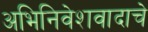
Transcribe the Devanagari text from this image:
अभिनिवेशवादाचे